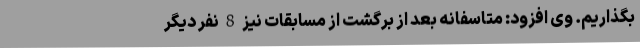
بگذاریم. وی افزود: متاسفانه بعد از برگشت از مسابقات نیز 8 نفر دیگر